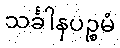
သင်္ခါနပဉ္စမံ